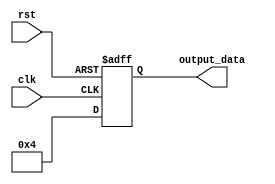
module my_module #(parameter PARAM_VALUE = 4) (
    input wire clk,
    input wire rst,
    output reg [7:0] output_data
);

always @(posedge clk or posedge rst) begin
    if (rst) begin
        output_data <= 8'h00;
    end else begin
        output_data <= PARAM_VALUE;
    end
end

endmodule